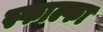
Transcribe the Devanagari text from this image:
स्फाल्फा